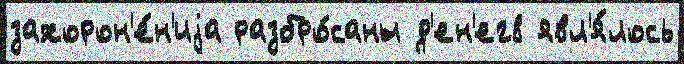
захорон'е́н'иjа разбро́саны д'ен'ег8 явл'я́лось